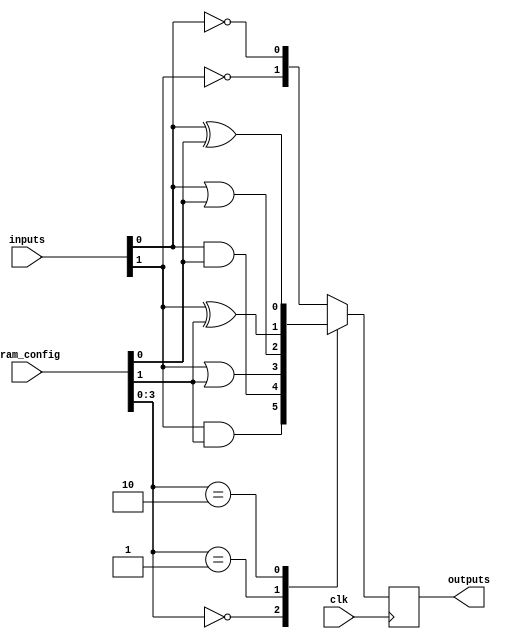
module CLB #(
    parameter NUM_INPUTS = 4,
    parameter NUM_OUTPUTS = 2,
    parameter SRAM_SIZE = 16 // Example size for SRAM configuration
)(
    input wire [NUM_INPUTS-1:0] inputs, // Input signals
    input wire [SRAM_SIZE-1:0] sram_config, // SRAM configuration input
    input wire clk, // Global clock signal
    output reg [NUM_OUTPUTS-1:0] outputs // Output signals
);

// Internal signals for logic gates
wire [NUM_INPUTS-1:0] not_inputs;
wire [NUM_INPUTS-1:0] and_outputs;
wire [NUM_INPUTS-1:0] or_outputs;
wire [NUM_INPUTS-1:0] xor_outputs;

// Generate NOT gates
genvar i;
generate
    for (i = 0; i < NUM_INPUTS; i = i + 1) begin: not_gate
        assign not_inputs[i] = ~inputs[i];
    end
endgenerate

// Generate AND gates
generate
    for (i = 0; i < NUM_INPUTS; i = i + 1) begin: and_gate
        assign and_outputs[i] = inputs[i] & sram_config[i]; // Example configuration
    end
endgenerate

// Generate OR gates
generate
    for (i = 0; i < NUM_INPUTS; i = i + 1) begin: or_gate
        assign or_outputs[i] = inputs[i] | sram_config[i]; // Example configuration
    end
endgenerate

// Generate XOR gates
generate
    for (i = 0; i < NUM_INPUTS; i = i + 1) begin: xor_gate
        assign xor_outputs[i] = inputs[i] ^ sram_config[i]; // Example configuration
    end
endgenerate

// MUX to select outputs based on SRAM configuration
always @(posedge clk) begin
    case (sram_config[NUM_INPUTS-1:0]) // Example selection based on SRAM
        2'b00: outputs <= and_outputs[NUM_OUTPUTS-1:0]; // Select AND outputs
        2'b01: outputs <= or_outputs[NUM_OUTPUTS-1:0];  // Select OR outputs
        2'b10: outputs <= xor_outputs[NUM_OUTPUTS-1:0]; // Select XOR outputs
        default: outputs <= not_inputs[NUM_OUTPUTS-1:0]; // Select NOT outputs
    endcase
end

endmodule